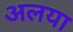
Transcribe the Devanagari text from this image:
अलया